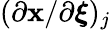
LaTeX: (\partial\mathbf{x}/\partial\boldsymbol{\xi})_{j}